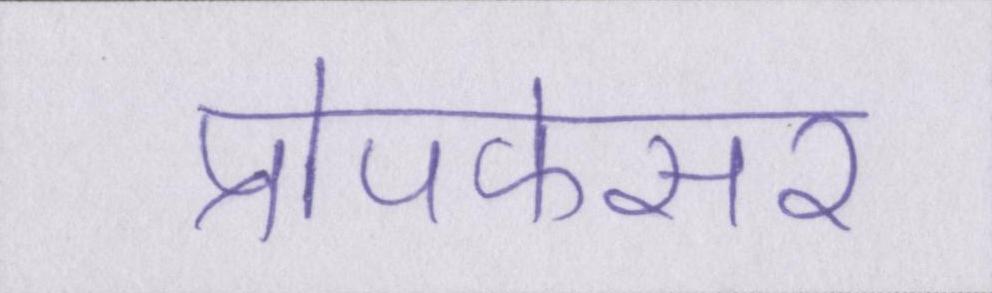
प्रोपफेसर